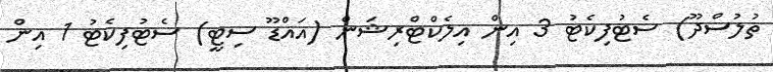
ތުލުސްދޫ) ސެޓުފިކެޓު 3 އިން އިލެކްޓްރިޝަން (އައްޑޫ ސިޓީ) ސެޓުފިކެޓު 1 އިން